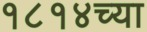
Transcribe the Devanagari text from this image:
१८१४च्या